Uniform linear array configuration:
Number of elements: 32
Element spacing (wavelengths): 0.5
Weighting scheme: hann
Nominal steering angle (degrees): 0
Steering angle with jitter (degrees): -1.571
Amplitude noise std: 0.05
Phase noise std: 0.05

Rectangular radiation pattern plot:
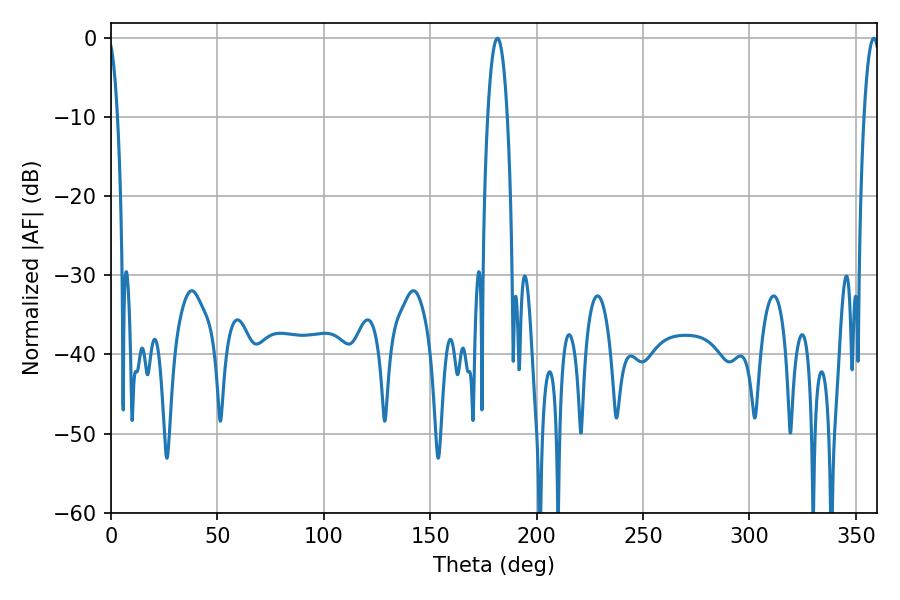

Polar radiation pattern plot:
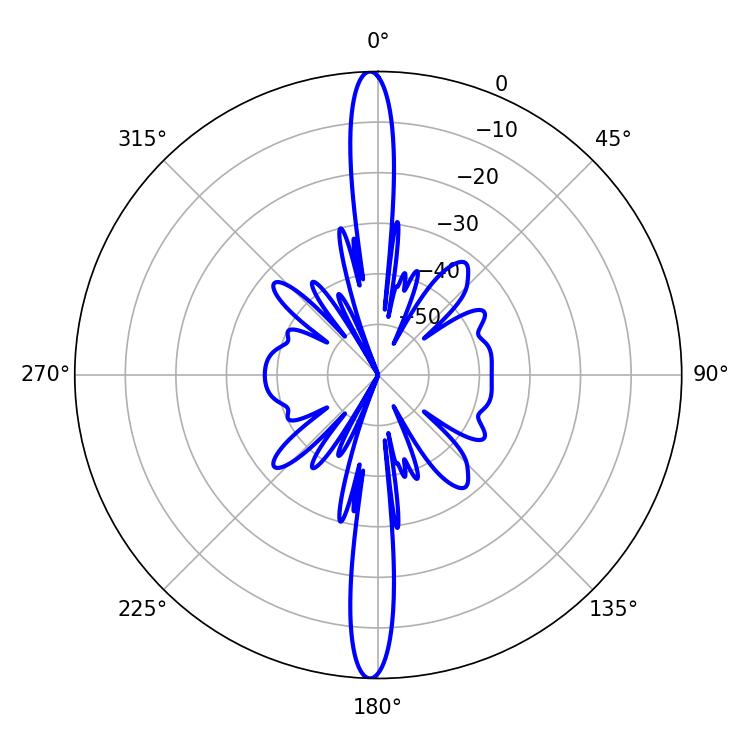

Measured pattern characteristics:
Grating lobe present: FALSE
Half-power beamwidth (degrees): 5.04
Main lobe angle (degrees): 181.62